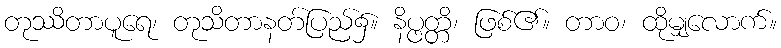
တုဿိတာပူရေ၊ တုသိတာနတ်ပြည်၌။ နိပ္ဖတ္တိ၊ ဖြစ်၏။ တာဝ၊ ထိုမျှလောက်။